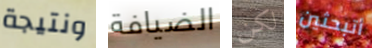
ونتيجة الضيافة لكن أتبحثين